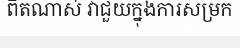
ពិតណាស់ វាជួយក្នុងការសម្រក